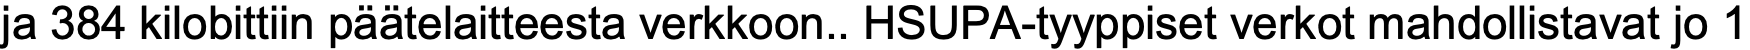
ja 384 kilobittiin päätelaitteesta verkkoon.. HSUPA-tyyppiset verkot mahdollistavat jo 1